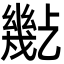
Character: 𢇒